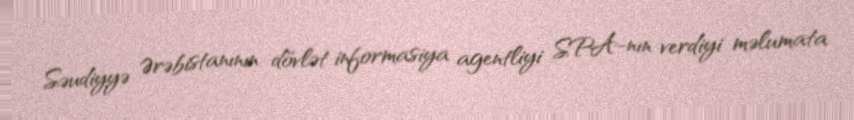
Səudiyyə Ərəbistanının dövlət informasiya agentliyi SPA-nın verdiyi məlumata